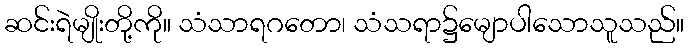
ဆင်းရဲမျိုးတို့ကို။ သံသာရဂတော၊ သံသရာ၌မျောပါသောသူသည်။